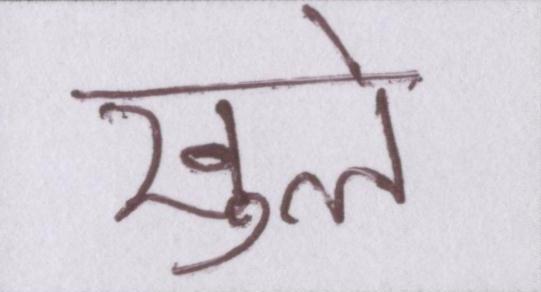
खुले